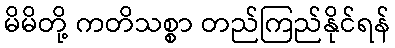
မိမိတို့ ကတိသစ္စာ တည်ကြည်နိုင်ရန်